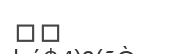
٢٨